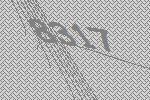
8317